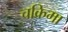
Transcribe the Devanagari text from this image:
चक्रिमा